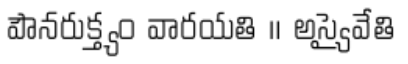
పౌనరుక్త్యం వారయతి ॥ అస్యైవేతి